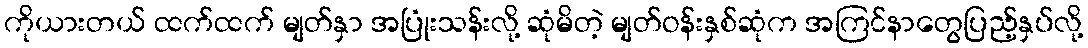
ကိုယားတယ် ထက်ထက် မျတ်နှာ အပြုံးသန်းလို့ ဆုံမိတဲ့ မျတ်ဝန်းနှစ်ဆုံက အကြင်နာတွေပြည့်နှပ်လို့